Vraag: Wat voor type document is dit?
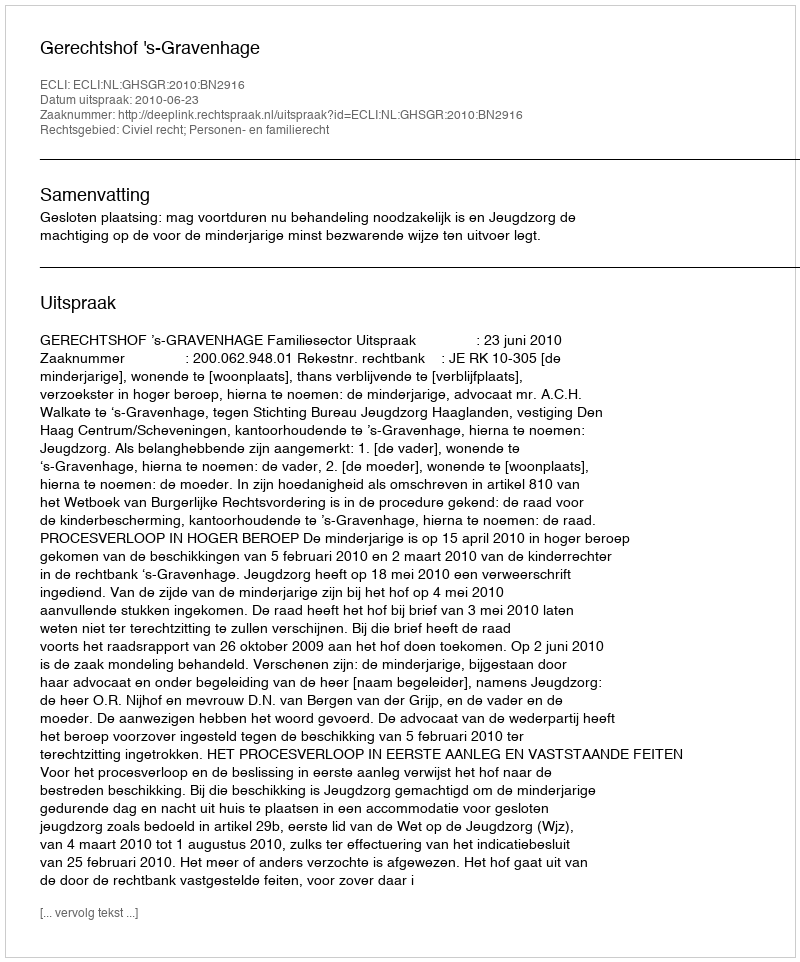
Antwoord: Uitspraak